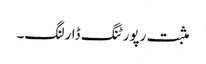
مثبت رپورٹنگ ڈارلنگ۔